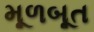
મૂળબૂત